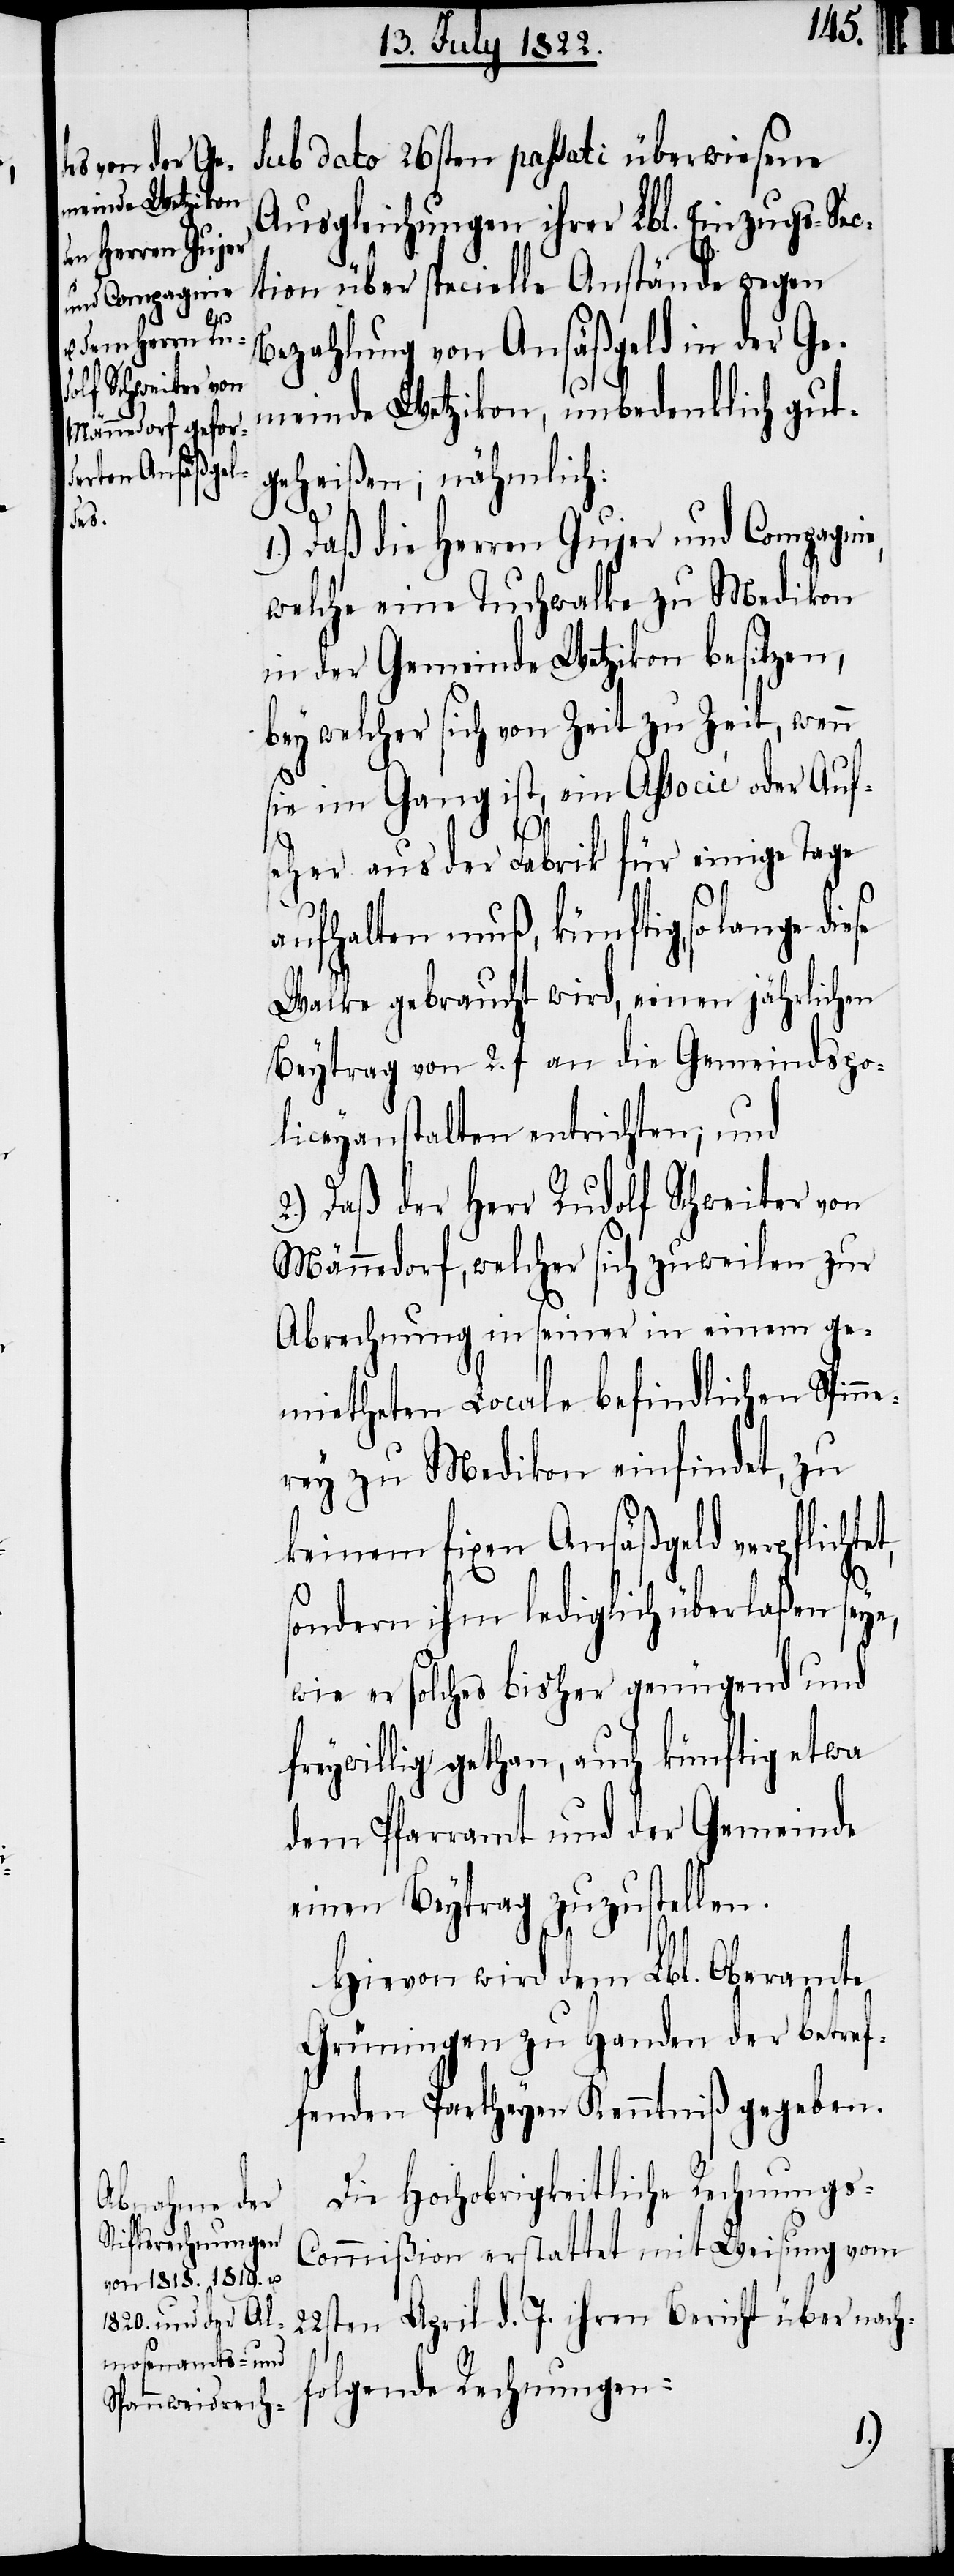
et,

Sub dato 26sten passati überwiesene
Ausgleichungen ihrer Lbl. Einzugs-Sec¬
tion über specielle Anstände gegen
Bezahlung von Ansäßgeld in der Ge¬
meinde Wetzikon, unbedenklich gut¬
geheißen, nähmlich:
1.) Daß die Herren Gujer und Compagnie,
welche eine Tuchwalke zu Medikon
in der Gemeinde Wetzikon besitzen,
bey welcher sich von Zeit zu Zeit, wenn
sie im Gang ist ein Associé oder Aufs¬
eher aus der Fabrik für einige Tage
aufhalten muß, künftig, solange
Walke gebraucht wird, einen jährlichen
Beytrag von 2. fl an die Gemeindspo¬
liceyanstalten entrichten; und
2.) Daß der Herr Rudolf Schweiter von
Männedorf, welcher sich zuweilen zur
Abrechnung in seiner in einem ge¬
mietheten Locale befindlichen Spinne¬
rey zu Medikon einfindet, zu
keinem fixen Ansäßgeld verpflicht¬
sondern ihm lediglich überlaßen seye,
wie er solches bisher genügend und
freywillig gethan, auch künftig etwa
dem Pfarramt und der Gemeinde
einen Beytrag zuzustellen.
Hievon wird dem Lbl. Oberamte
Grüningen zu Handen der betref¬
fenden Partheyen Kenntniß gegeben.
Die hochobrigkeitliche Rechnungs-C¬
ommißion erstattet mit Weisung vom
22sten April d. J. ihren Bericht über nach¬
folgende Rechnungen: